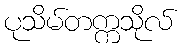
ပုသိမ်တက္ကသိုလ်